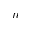
n